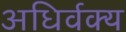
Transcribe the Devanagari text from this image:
अधिर्वक्य